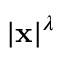
| \mathbf { x } | ^ { \lambda }